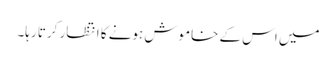
میں اس کے خاموش ہونے کا انتظار کرتا رہا۔